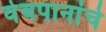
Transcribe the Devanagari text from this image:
वेबपानांचे